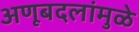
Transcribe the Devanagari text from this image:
अणूबदलांमुळे